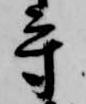
守